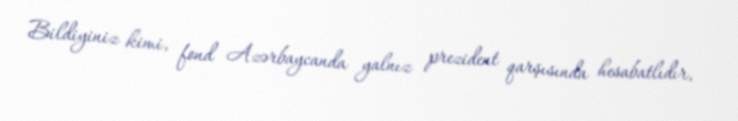
Bildiyiniz kimi, fond Azərbaycanda yalnız prezident qarşısında hesabatlıdır,